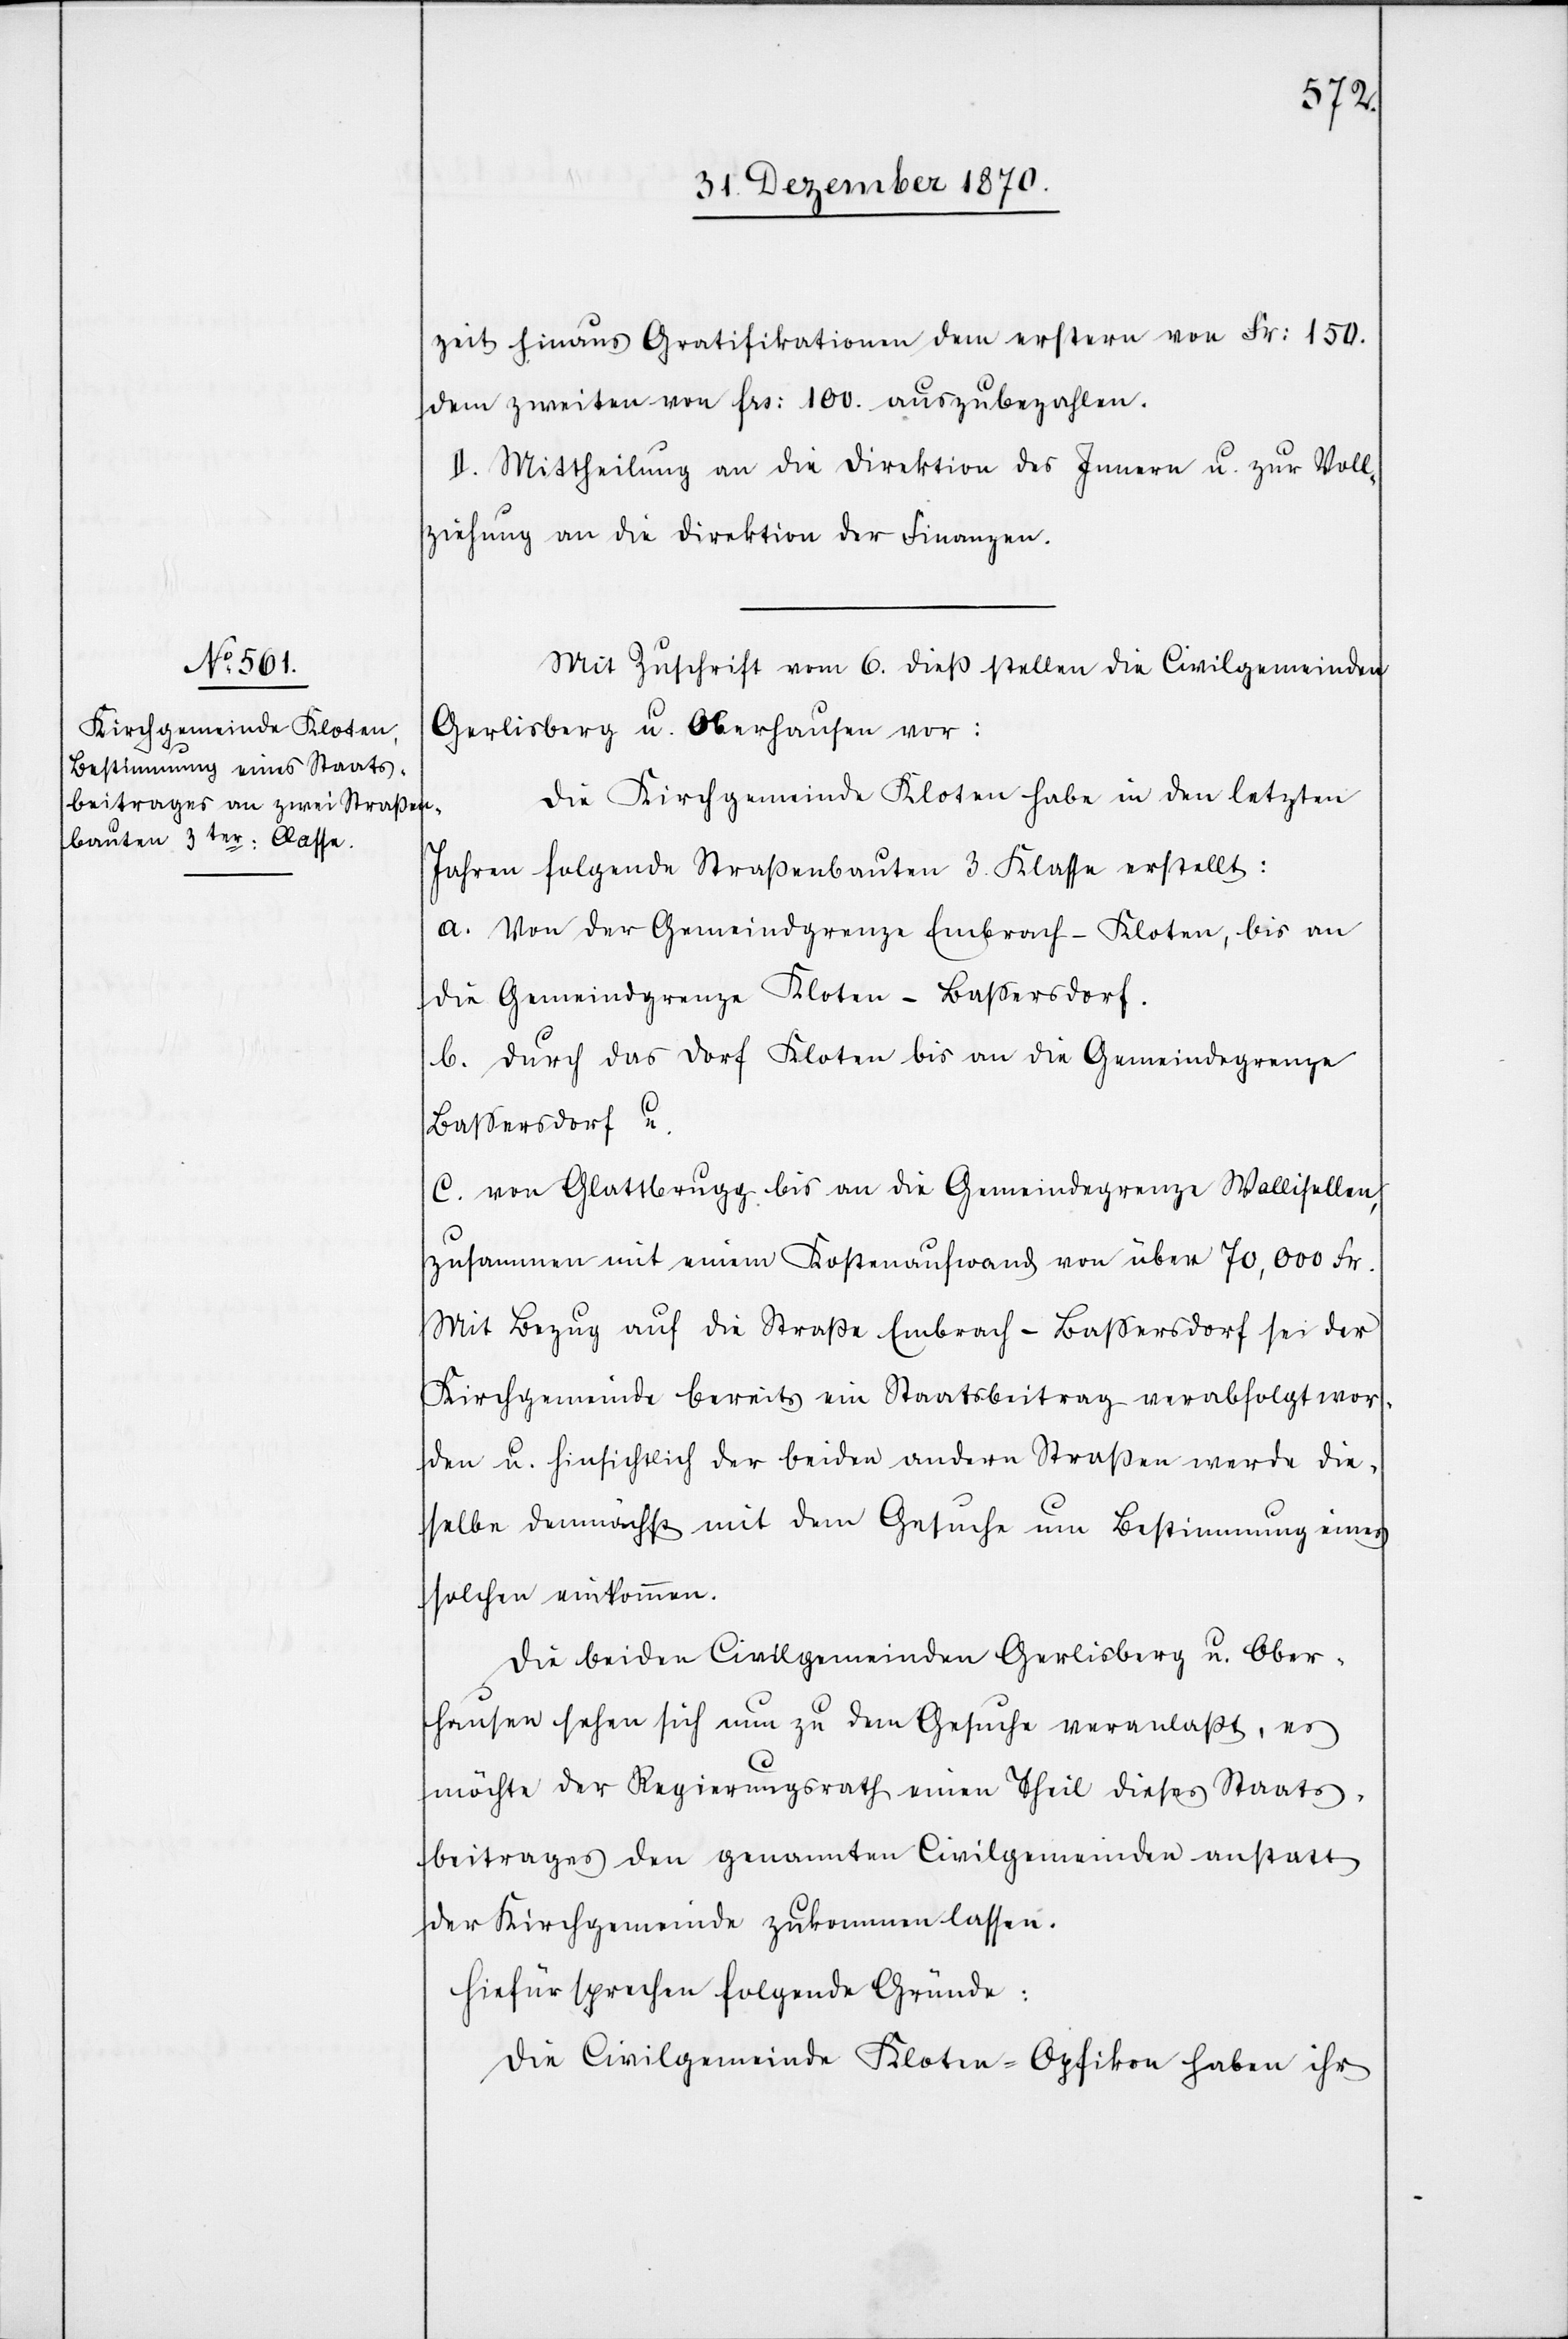
zeit hinaus Gratifikationen dem erstern von Fr: 150.
dem zweiten von Frs: 100 auszubezahlen.
II. Mittheilung an die Direktion des Innern u. zur Voll¬
ziehung an die Direktion der Finanzen.
Mit Zuschrift vom 6. dieß stellen die Civilgemeinden
Gerlisberg u. Oberhausen vor:
Die Kirchgemeinde Kloten habe in den letzten
Jahren folgende Straßenbauten 3. Klasse erstellt:
a. Von der Gemeindgrenze Embrach–Kloten, bis an
die Gemeindgrenze Kloten–Baßersdorf.
b. durch das Dorf Kloten bis an die Gemeindegrenze
Baßersdorf u.
c. von Glattbrugg bis an die Gemeindegrenze Wallisellen,
zusammen mit einem Kostenaufwand von über 70,000 Fr.
Mit Bezug auf die Straße Embrach–Baßersdorf sei der
Kirchgemeinde bereits ein Staatsbeitrag verabfolgt wor¬
den u. hinsichtlich der beiden andern Straßen werde die¬
selbe demnächst mit dem Gesuche um Bestimmung eines
solchen einkommen.
Die beiden Civilgemeinden Gerlisberg u. Ober¬
hausen sehen sich nun zu dem Gesuche veranlaßt, es
möchte der Regierungsrath einen Theil dieses Staats¬
beitrages den genannten Civilgemeinden anstatt
der Kirchgemeinde zukommen lassen.
Hiefür sprechen folgende Gründe:
Die Civilgemeinde[n] Kloten-Opfikon haben ihr